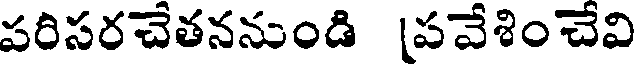
పరిసరచేతననుండి [పవేశించేవి